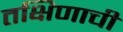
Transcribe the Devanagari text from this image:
तक्षिणाची